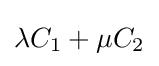
\lambda C_{1}+\mu C_{2}